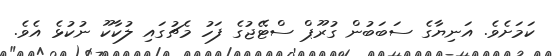
ކަމަށެވެ. އަނިޔާގެ ސަބަބުން ގުރޫޕް ސްޓޭޖުގެ ފަހު މެޗުގައި ލުކާކޫ ނުކުޅެ އެވެ.